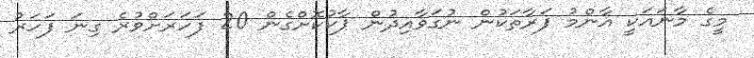
މީގެ މާނައަކީ އާންމު ފަރާތަކުން ނުގަވާއިދުން ޕާކުކޮށްގެން 20 ފަހަރަށްވުރެ ގިނަ ފަހަރު